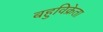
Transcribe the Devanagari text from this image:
बहुविक्रेता